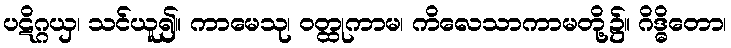
ပဋိဂ္ဂယှ၊ သင်ယူ၍။ ကာမေသု၊ ဝတ္ထုကာမ၊ ကိလေသာကာမတို့၌။ ဂိဒ္ဓိတော၊